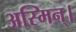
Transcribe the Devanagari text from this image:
अस्मिन्।